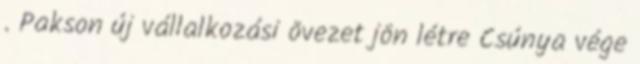
. Pakson új vállalkozási övezet jön létre Csúnya vége